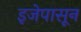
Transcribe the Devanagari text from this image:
इजेपासून